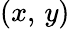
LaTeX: (x,\, y)